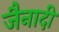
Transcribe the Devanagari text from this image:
जैनादी